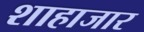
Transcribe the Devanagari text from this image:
शाहाजार